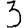
Digit: 3